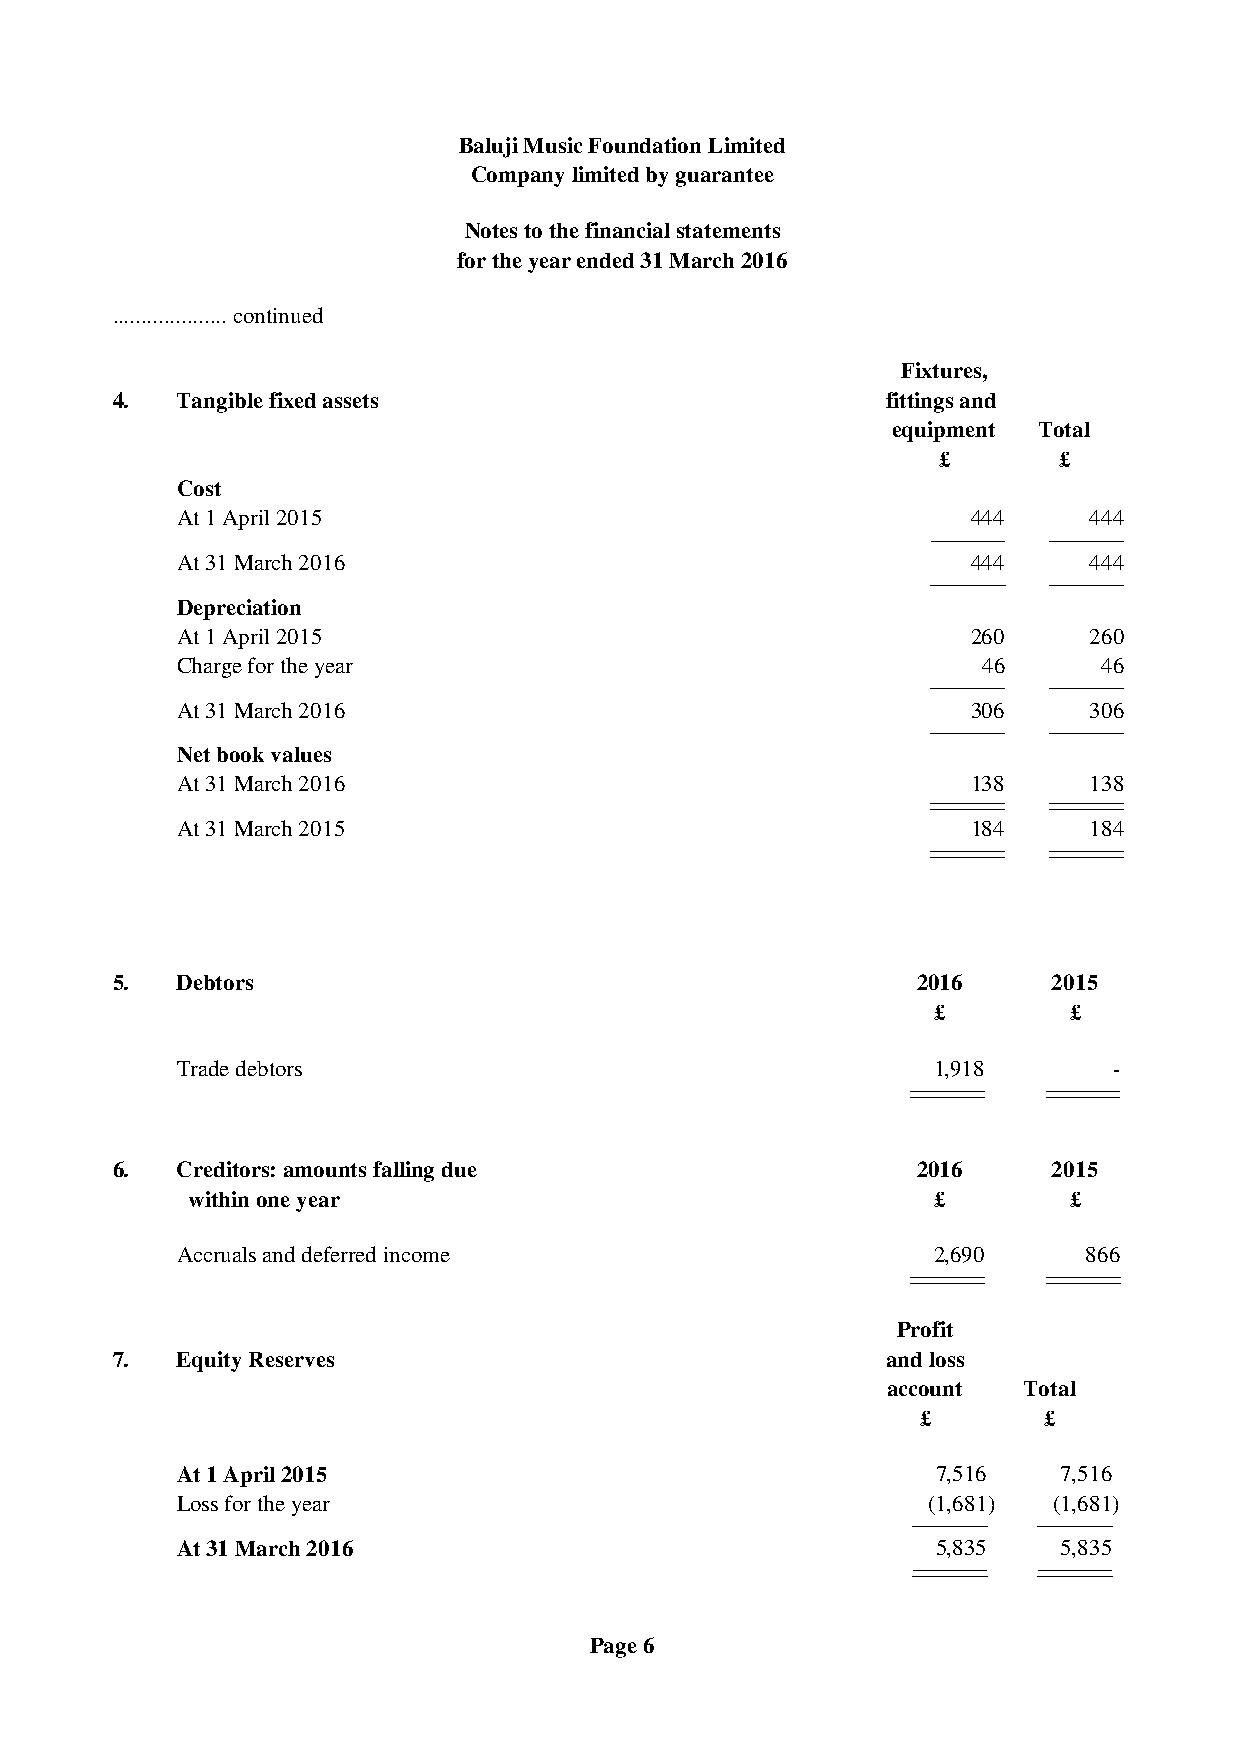
Baluji Music Foundation Limited
 Company limited by guarantee
 Notes to the financial statements
 for the year ended 31 March 2016
 .................... continued
 Fixtures,
 4.   Tangible fixed assets                          fittings and
 equipment Total
 £       £
 Cost
 At 1 April 2015                                     444     444
 At 31 March 2016                                    444     444
 Depreciation
 At 1 April 2015                                     260     260
 Charge for the year                                  46      46
 At 31 March 2016                                    306     306
 Net book values
 At 31 March 2016                                    138     138
 At 31 March 2015                                    184     184
 5.   Debtors                                          2016     2015
 £        £
 Trade debtors                                     1,918       -
 6.   Creditors: amounts falling due                   2016     2015
 within one year                                   £        £
 Accruals and deferred income                      2,690     866
 Profit
 7.   Equity Reserves                                and loss
 account  Total
 £       £
 At 1 April 2015                                   7,516   7,516
 Loss for the year                                (1,681)  (1,681)
 At 31 March 2016                                  5,835   5,835
 Page 6